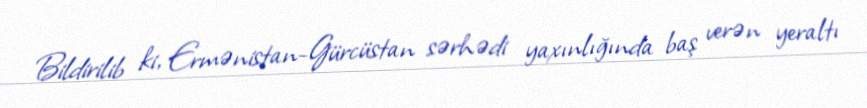
Bildirilib ki, Ermənistan-Gürcüstan sərhədi yaxınlığında baş verən yeraltı